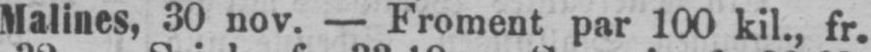
Malines, 30 nov. - Froment par 100 kil., fr.